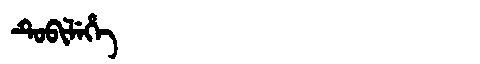
Manchu: ᡨᡠᠪᡳᠯᡝᡥᡝ
Romanization: TUBILEHE